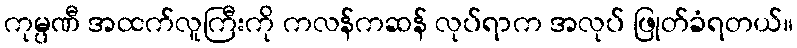
ကုမ္ပဏီ အထက်လူကြီးကို ကလန်ကဆန် လုပ်ရာက အလုပ် ဖြုတ်ခံရတယ်။